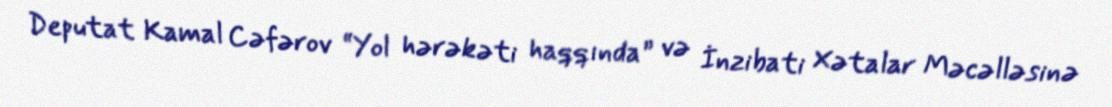
Deputat Kamal Cəfərov “Yol hərəkəti haqqında” və İnzibati Xətalar Məcəlləsinə